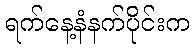
ရက်နေ့နံနက်ပိုင်းက